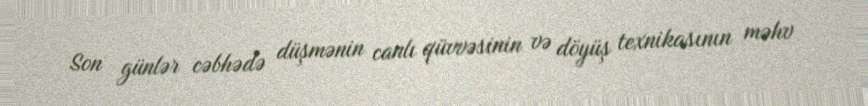
Son günlər cəbhədə düşmənin canlı qüvvəsinin və döyüş texnikasının məhv